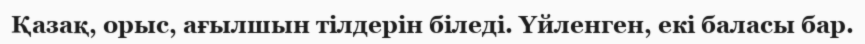
Қазақ, орыс, ағылшын тілдерін біледі. Үйленген, екі баласы бар.